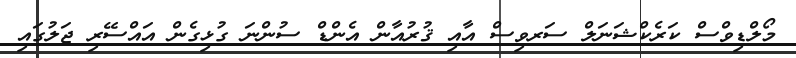
މޯލްޑިވްސް ކަރެކްޝަނަލް ސަރވިސް އާއި ޤުރުއާން އެންޑް ސުންނަ ގުޅިގެން އައްސޭރި ޖަލުގައި